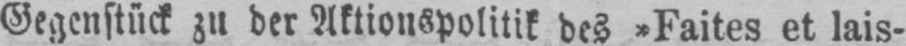
Gegenstück zu der Aktionspolitik des »Faites et lais-